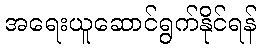
အရေးယူဆောင်ရွက်နိုင်ရန်